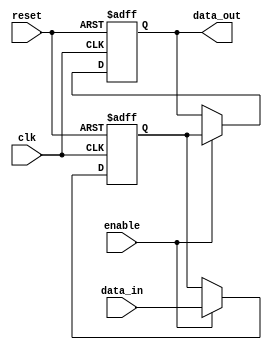
module bypass_register (
    input wire clk,
    input wire reset,
    input wire enable,
    input wire data_in,
    output reg data_out
);

reg storage_register;

always @ (posedge clk or posedge reset) begin
    if (reset) begin
        storage_register <= 0;
    end else begin
        if (enable) begin
            storage_register <= data_in;
        end
    end
end

always @ (posedge clk or posedge reset) begin
    if (reset) begin
        data_out <= 0;
    end else begin
        if (enable) begin
            data_out <= storage_register;
        end
    end
end

endmodule